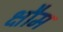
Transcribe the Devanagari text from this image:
क्षौम